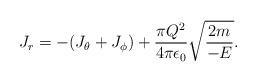
LaTeX: \begin{align*}J_r=-(J_\theta +J_\phi)+{{\pi Q^2}\over{4\pi\epsilon_0}}\sqrt{{{2m}\over{-E}}}.\end{align*}